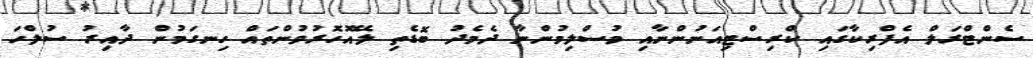
ސެންޓްރަލް އެފްރިކާގައި ކްރިސްޓިއަނުންނާއި މުސްލިމުންނާ ދެމެދު ބޮޮޑެތި ލޭއޮހޮރުވުންތައް ހިނގަމުން ދާއިރު ސުލްހަ